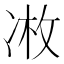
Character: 𫥏